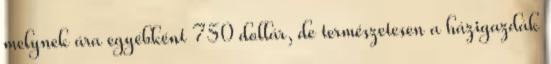
melynek ára egyébként 750 dollár, de természetesen a házigazdák